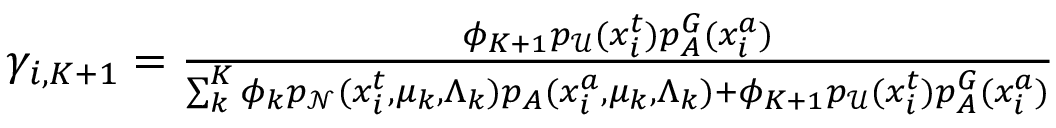
\begin{array} { r } { \gamma _ { i , K + 1 } = \frac { \phi _ { K + 1 } p _ { \mathcal { U } } ( x _ { i } ^ { t } ) p _ { A } ^ { G } ( x _ { i } ^ { a } ) } { \sum _ { k } ^ { K } \phi _ { k } p _ { \mathcal N } ( x _ { i } ^ { t } , \mu _ { k } , \Lambda _ { k } ) p _ { A } ( x _ { i } ^ { a } , \mu _ { k } , \Lambda _ { k } ) + \phi _ { K + 1 } p _ { \mathcal { U } } ( x _ { i } ^ { t } ) p _ { A } ^ { G } ( x _ { i } ^ { a } ) } } \end{array}